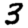
Digit: 3